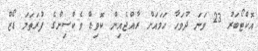
އޮކްޓޯބަރު 23 ވަނަ ދުވަހާ ހަމައަށް ރާއްޖެއިން ކޮވިޑް ވެކްސިންގެ ފުރަތަމަ ޑޯޒް